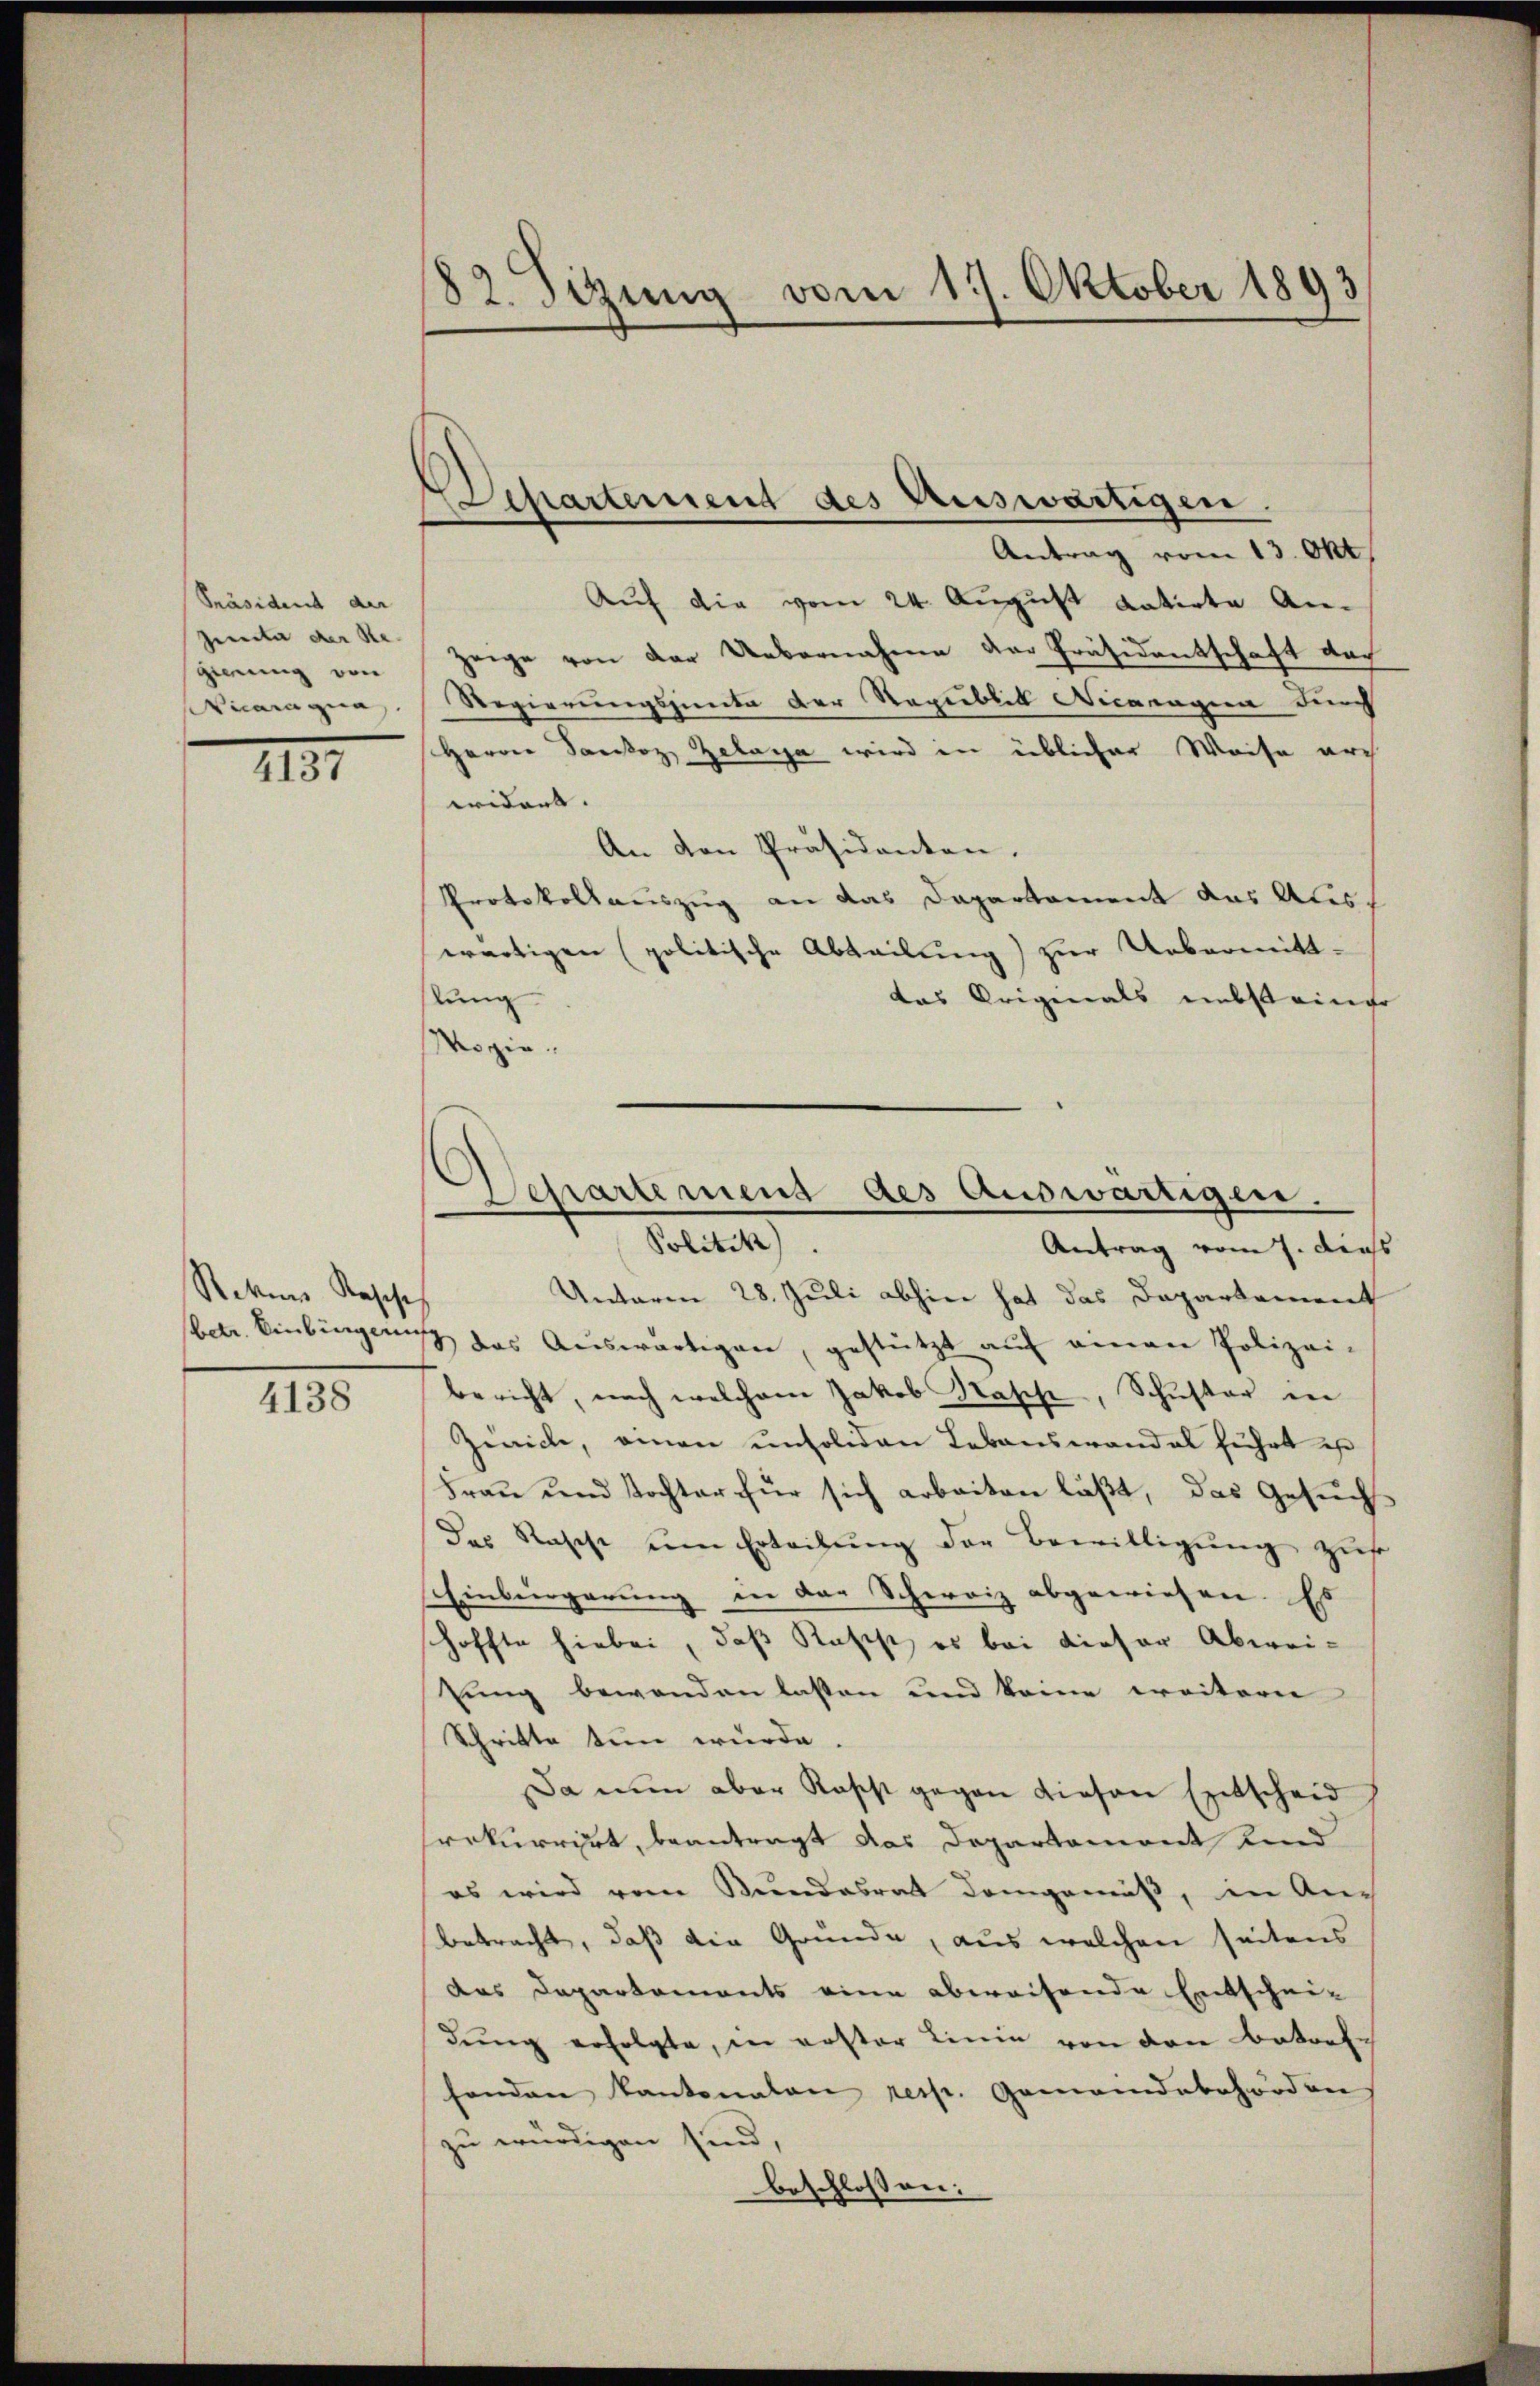
[Präsident der
Zenita der Re-
Hirung von
icara qua

IIII

Rekes Rasche

4138

82. Sizung vom 17. Oktober 1893

Lepartemend des Auswärtigen.

Mogie.

Departement des Auswärtigen.
 Sollte

Antrag vom 13. Okt.
Auf die vom 24. August datirte Anzeige von der Uebernahme der Präsidentschaft doch
Regierungssinte der Republik Vicaragua durch
Herren Sankoz Zelayja wird in üblicher Weise arch
widert.
An von Präsidenten.
Protokollauszug an das Departement das Ales
wärtigen (politische Abteilung) zur Uebermitt-
lung
das Originals nebst einer
Antrag vom 7. dies
Unterm 28. Juli abhin hat das Departement
betr. Einbingen das Aŭswärtigen, gestützt aŭf einen Polizei-
bericht, nach welchem Jakob Nasche, Schuster in
Zivicle, einen unsoliden Lebenswandel führt ist
Frau und Tochter für sich arbeiten läßt, das Gesuch
das Rasche um Erteilung der Bewilligung zuf
Einbürgerung in der Schweiz abgewiesen. Es
hoffte hiebei, daß Rasst es bei dieser Abweitung bewenden lassen und keine weitern
Schritte tun wurde.
Da nun aber Rosest gegen diesen Entscheid
srekurrirt, beantragt das Departement Kind
es wird vom Bundesrat demgemäß, in Auch
betracht, daß die Gründe, aus welchen seitens
das Departements eine abweisende Entschei-
dung erfolgte, in erster Linie von den atorte
fonden Kantonalen resp. Gemeindebehörden
zu würdigen sind,
beschlossen: